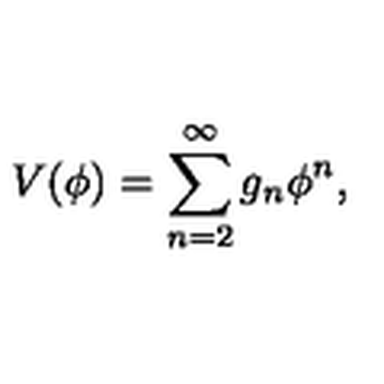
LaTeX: V ( \phi ) = \sum _ { n = 2 } ^ { \infty } g _ { n } \phi ^ { n } ,